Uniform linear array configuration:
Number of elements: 8
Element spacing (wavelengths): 0.5
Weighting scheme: cosine
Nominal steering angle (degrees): -60
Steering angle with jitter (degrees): -60.617
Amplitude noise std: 0.05
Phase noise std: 0.05

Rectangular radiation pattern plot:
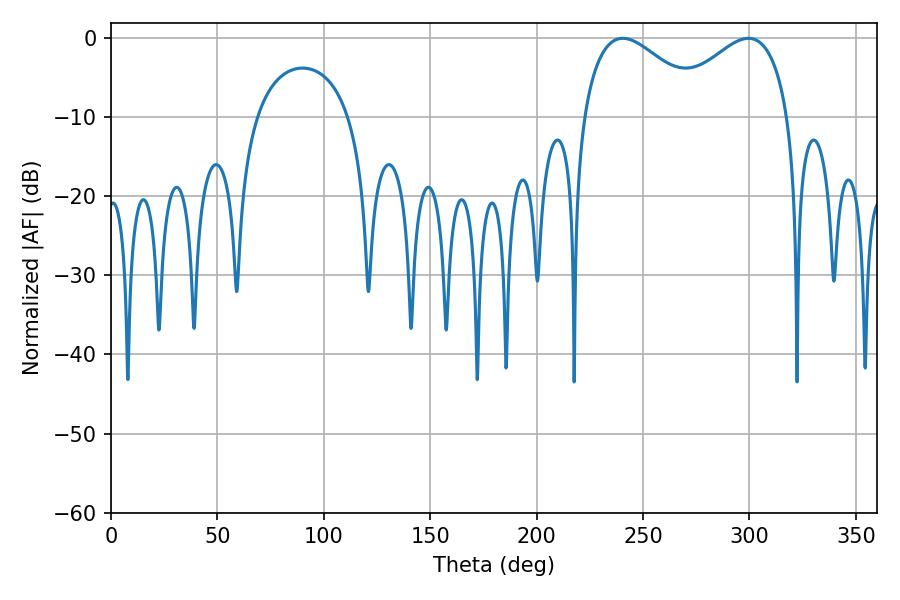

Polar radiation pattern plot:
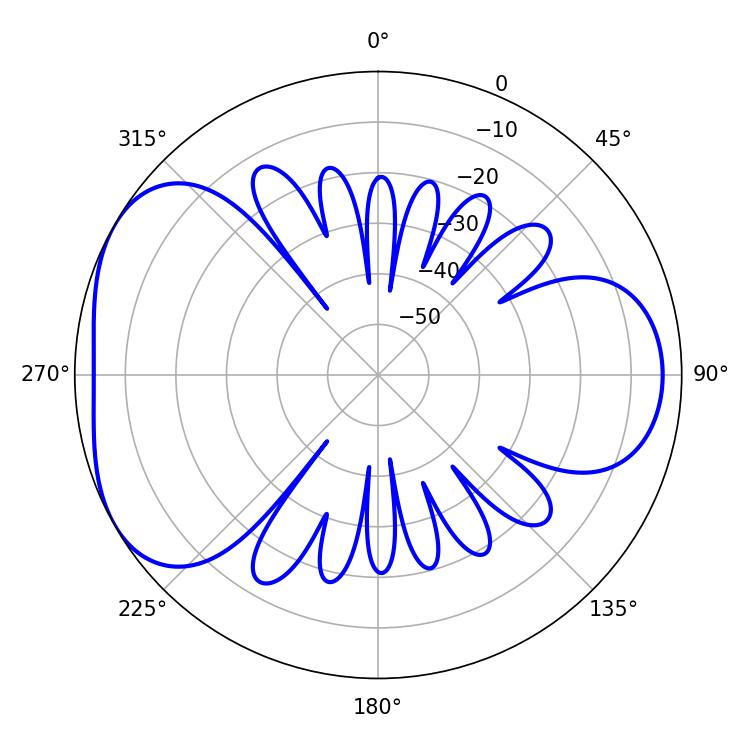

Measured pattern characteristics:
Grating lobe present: FALSE
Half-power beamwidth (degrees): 31.5
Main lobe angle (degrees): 240.48